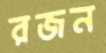
রজন